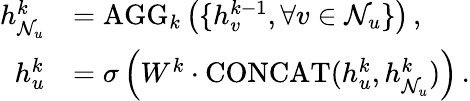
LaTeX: \begin{array}{rl}{h_{\mathcal{N}_{u}}^{k}}&{=\mathrm{AGG}_{k}\left(\{ h_{v}^{k-1},\forall v\in\mathcal{N}_{u}\} \right)\, ,}\\ {h_{u}^{k}}&{=\sigma\left(W^{k}\cdot\mathrm{CONCAT}(h_{u}^{k},h_{\mathcal{N}_{u}}^{k})\right)\, .}\end{array}